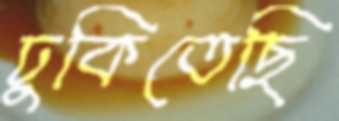
ঢুকিতেছি